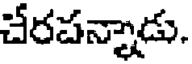
చేరపన్నాడు.